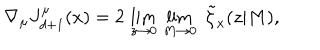
\nabla _ { \mu } J _ { d + 1 } ^ { \mu } ( x ) = 2 \, \lim _ { z \rightarrow 0 } \, \lim _ { M \rightarrow 0 } \, \, \tilde { \zeta } _ { x } ( z | M ) ,